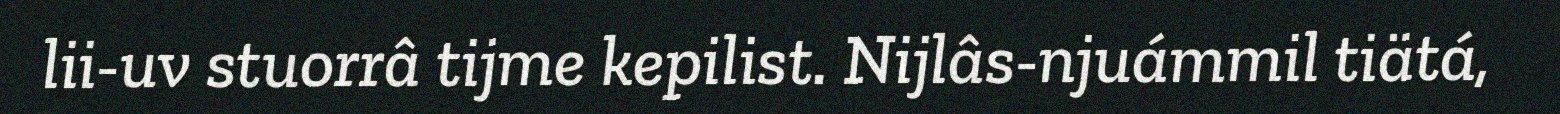
lii-uv stuorrâ tijme kepilist. Nijlâs-njuámmil tiätá,